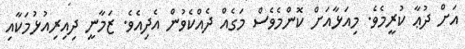
އަށް ދުޢާ ކުރީމެވެ. މިއަޅާއަށް ކޮންމެވެސް މަގެއް ދެއްކެވުން އެދިއެވެ. ޒަމާނީ ދިއިރިއުޅުމަކާއި